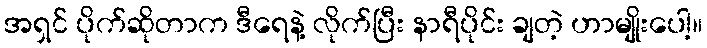
အရှင် ပိုက်ဆိုတာက ဒီရေနဲ့ လိုက်ပြီး နာရီပိုင်း ချတဲ့ ဟာမျိုးပေါ့။